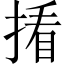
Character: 𪮑